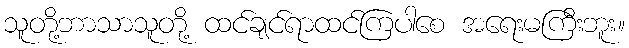
သူတို့ဘာသာသူတို့ ထင်ချင်ရာထင်ကြပါစေ အရေးမကြီးဘူး။